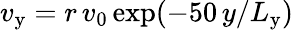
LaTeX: v_{\mathrm{y}}=r\, v_{\mathrm{0}}\, {\exp}(-50\, y/L_{\mathrm{y}})